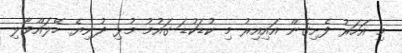
މި އަހަރު ފެށިގެން އައިއިރު މި ކުޑަކުޑަ ގައުމު މުޅި ދުނިޔެ ހޭލައްވާލި